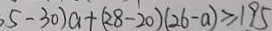
, 5 - 3 0 ) a + ( 2 8 - 2 0 ) ( 2 6 - a ) \geq 1 9 5